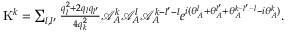
\begin{array} { r } { \mathrm { K } ^ { k } = \sum _ { l , l ^ { \prime } } \frac { q _ { l } ^ { 2 } + 2 q _ { l } q _ { l ^ { \prime } } } { 4 q _ { k } ^ { 2 } } { \mathcal { A } _ { A } ^ { k } \mathcal { A } _ { A } ^ { l } } \mathcal { A } _ { A } ^ { k - l ^ { \prime } - l } e ^ { i ( \theta _ { A } ^ { l } + \theta _ { A } ^ { l ^ { \prime } } + \theta _ { A } ^ { k - l ^ { \prime } - l } - { i \theta _ { A } ^ { k } } ) } . } \end{array}